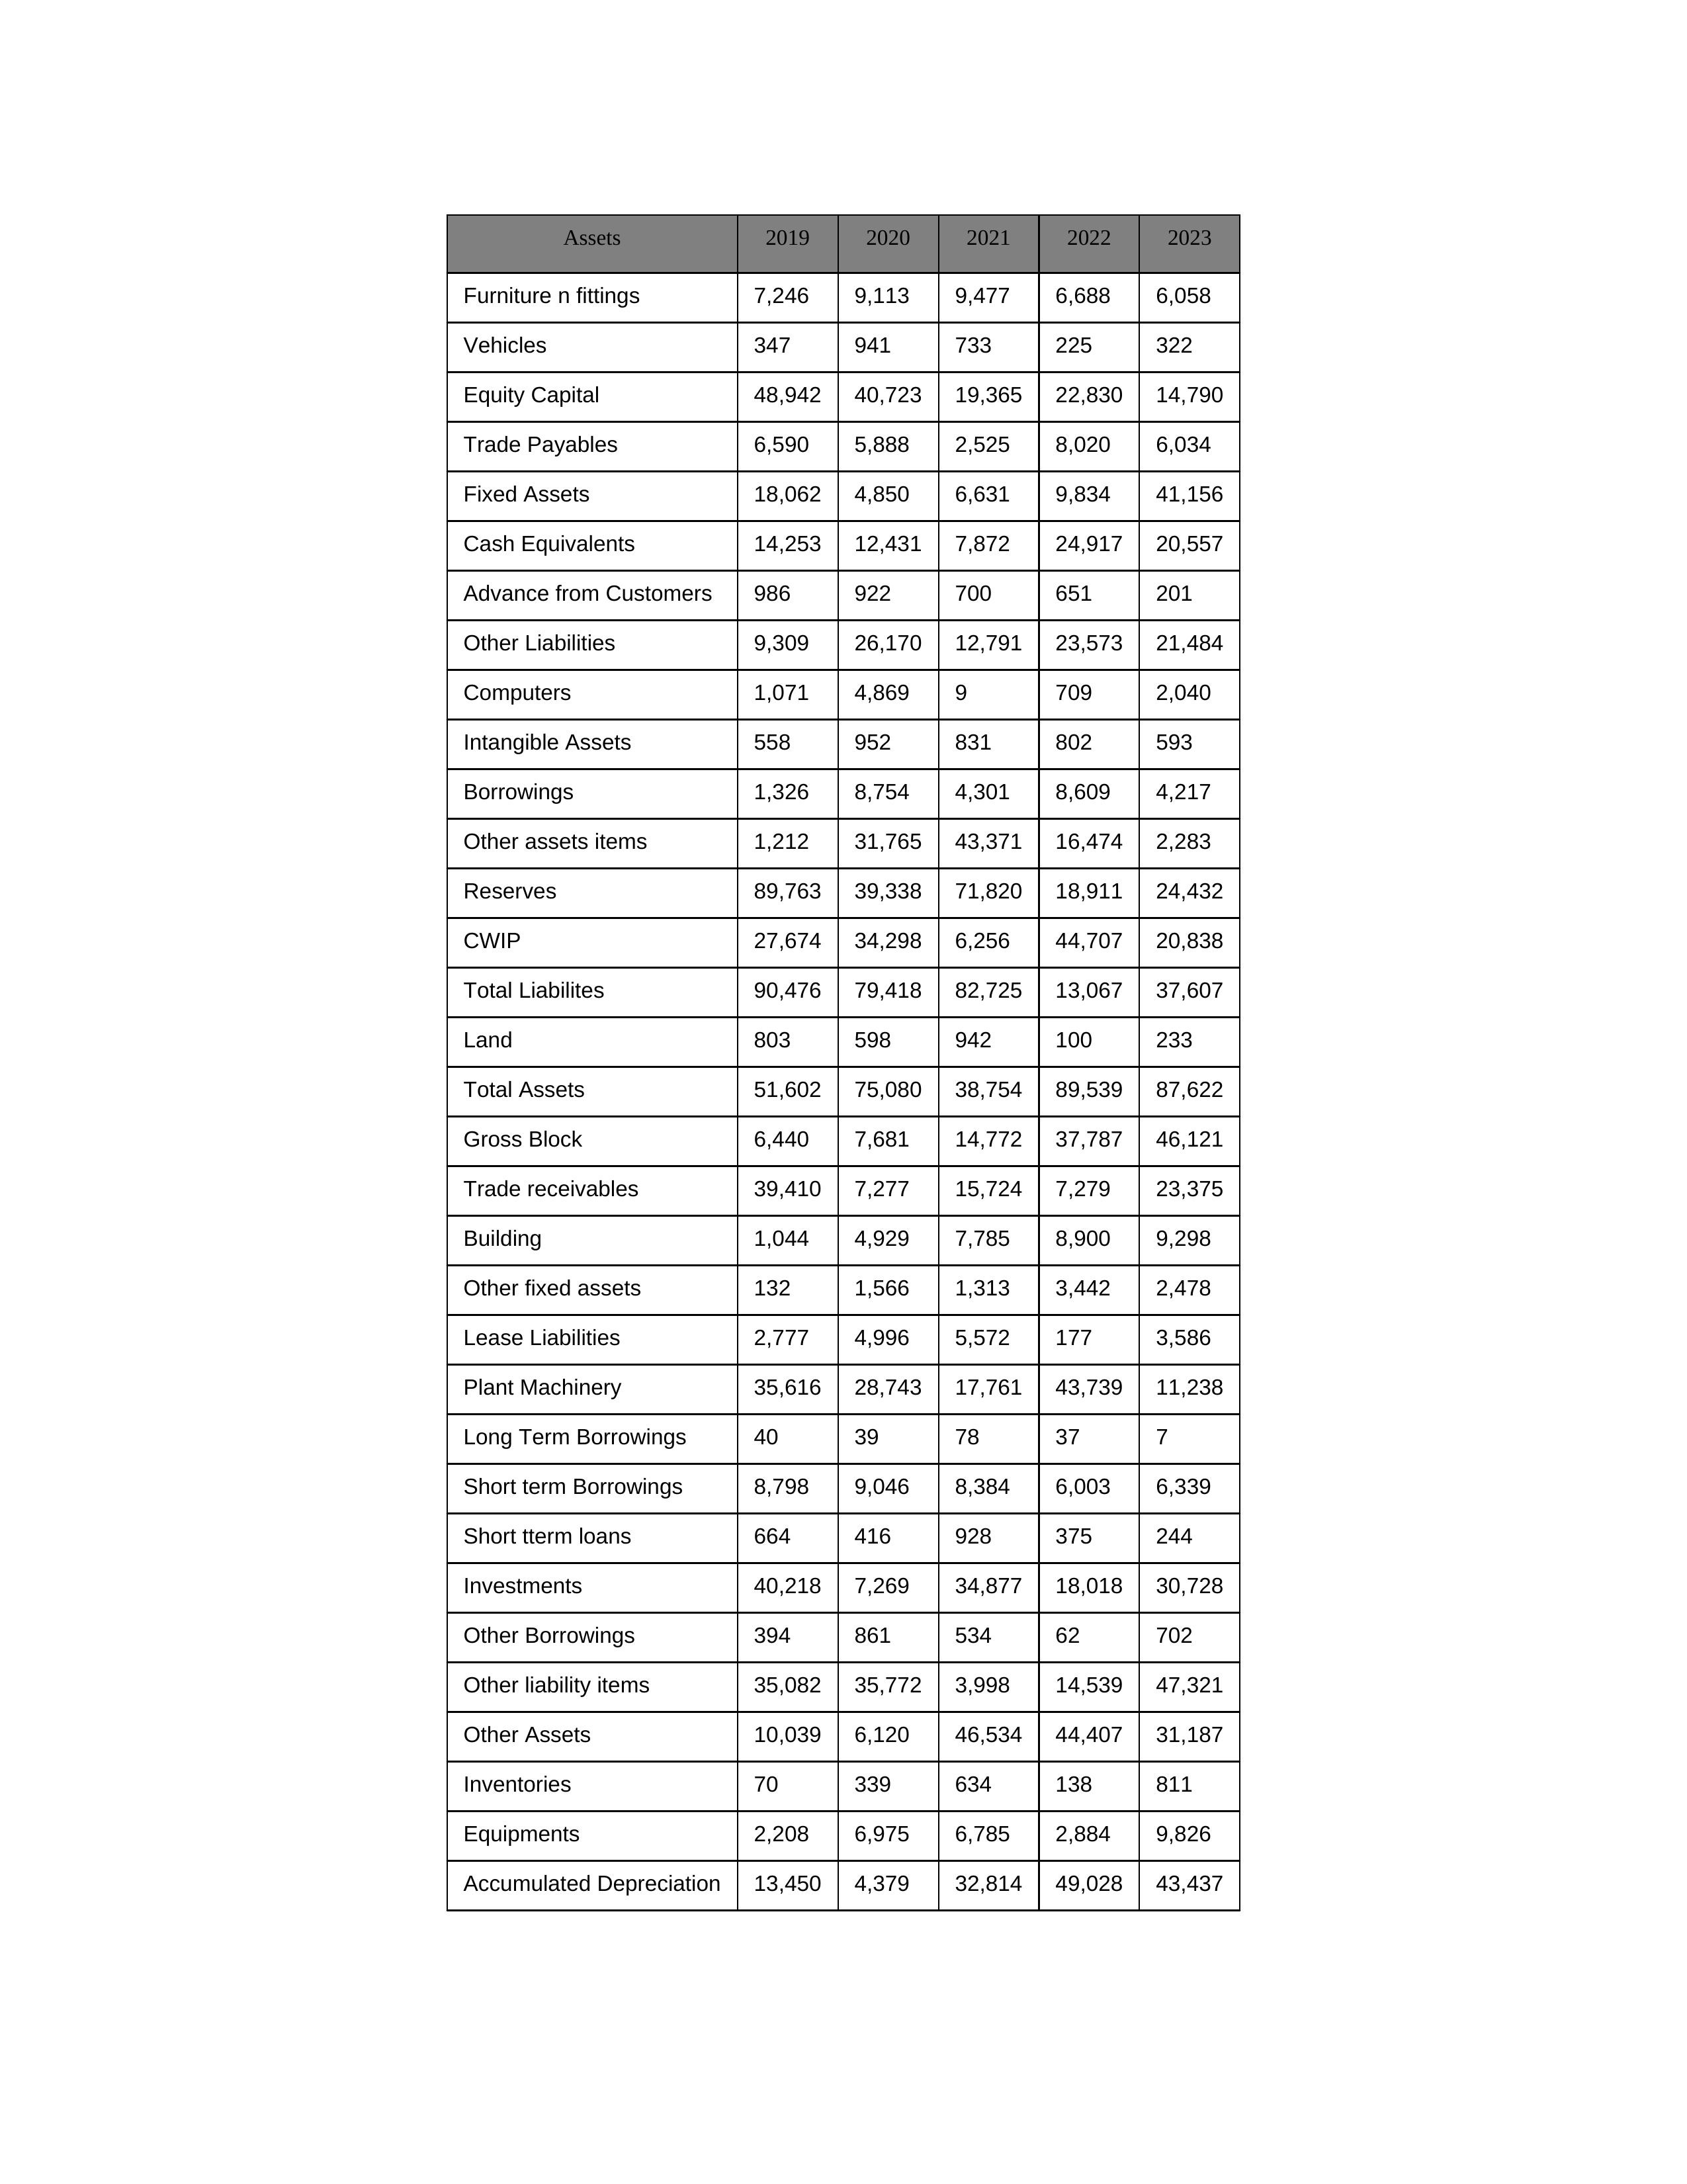
gt_parse: 2019: Equity Capital: 48,942
Reserves: 89,763
Borrowings: 1,326
Long Term Borrowings: 40
Short term Borrowings: 8,798
Lease Liabilities: 2,777
Other Borrowings: 394
Other Liabilities: 9,309
Trade Payables: 6,590
Advance from Customers: 986
Other liability items: 35,082
Total Liabilites: 90,476
Fixed Assets: 18,062
Land: 803
Building: 1,044
Plant Machinery: 35,616
Equipments: 2,208
Computers: 1,071
Furniture n fittings: 7,246
Vehicles: 347
Intangible Assets: 558
Other fixed assets: 132
Gross Block: 6,440
Accumulated Depreciation: 13,450
CWIP: 27,674
Investments: 40,218
Other Assets: 10,039
Inventories: 70
Trade receivables: 39,410
Cash Equivalents: 14,253
Short tterm loans: 664
Other assets items: 1,212
Total Assets: 51,602
2020: Equity Capital: 40,723
Reserves: 39,338
Borrowings: 8,754
Long Term Borrowings: 39
Short term Borrowings: 9,046
Lease Liabilities: 4,996
Other Borrowings: 861
Other Liabilities: 26,170
Trade Payables: 5,888
Advance from Customers: 922
Other liability items: 35,772
Total Liabilites: 79,418
Fixed Assets: 4,850
Land: 598
Building: 4,929
Plant Machinery: 28,743
Equipments: 6,975
Computers: 4,869
Furniture n fittings: 9,113
Vehicles: 941
Intangible Assets: 952
Other fixed assets: 1,566
Gross Block: 7,681
Accumulated Depreciation: 4,379
CWIP: 34,298
Investments: 7,269
Other Assets: 6,120
Inventories: 339
Trade receivables: 7,277
Cash Equivalents: 12,431
Short tterm loans: 416
Other assets items: 31,765
Total Assets: 75,080
2021: Equity Capital: 19,365
Reserves: 71,820
Borrowings: 4,301
Long Term Borrowings: 78
Short term Borrowings: 8,384
Lease Liabilities: 5,572
Other Borrowings: 534
Other Liabilities: 12,791
Trade Payables: 2,525
Advance from Customers: 700
Other liability items: 3,998
Total Liabilites: 82,725
Fixed Assets: 6,631
Land: 942
Building: 7,785
Plant Machinery: 17,761
Equipments: 6,785
Computers: 9
Furniture n fittings: 9,477
Vehicles: 733
Intangible Assets: 831
Other fixed assets: 1,313
Gross Block: 14,772
Accumulated Depreciation: 32,814
CWIP: 6,256
Investments: 34,877
Other Assets: 46,534
Inventories: 634
Trade receivables: 15,724
Cash Equivalents: 7,872
Short tterm loans: 928
Other assets items: 43,371
Total Assets: 38,754
2022: Equity Capital: 22,830
Reserves: 18,911
Borrowings: 8,609
Long Term Borrowings: 37
Short term Borrowings: 6,003
Lease Liabilities: 177
Other Borrowings: 62
Other Liabilities: 23,573
Trade Payables: 8,020
Advance from Customers: 651
Other liability items: 14,539
Total Liabilites: 13,067
Fixed Assets: 9,834
Land: 100
Building: 8,900
Plant Machinery: 43,739
Equipments: 2,884
Computers: 709
Furniture n fittings: 6,688
Vehicles: 225
Intangible Assets: 802
Other fixed assets: 3,442
Gross Block: 37,787
Accumulated Depreciation: 49,028
CWIP: 44,707
Investments: 18,018
Other Assets: 44,407
Inventories: 138
Trade receivables: 7,279
Cash Equivalents: 24,917
Short tterm loans: 375
Other assets items: 16,474
Total Assets: 89,539
2023: Equity Capital: 14,790
Reserves: 24,432
Borrowings: 4,217
Long Term Borrowings: 7
Short term Borrowings: 6,339
Lease Liabilities: 3,586
Other Borrowings: 702
Other Liabilities: 21,484
Trade Payables: 6,034
Advance from Customers: 201
Other liability items: 47,321
Total Liabilites: 37,607
Fixed Assets: 41,156
Land: 233
Building: 9,298
Plant Machinery: 11,238
Equipments: 9,826
Computers: 2,040
Furniture n fittings: 6,058
Vehicles: 322
Intangible Assets: 593
Other fixed assets: 2,478
Gross Block: 46,121
Accumulated Depreciation: 43,437
CWIP: 20,838
Investments: 30,728
Other Assets: 31,187
Inventories: 811
Trade receivables: 23,375
Cash Equivalents: 20,557
Short tterm loans: 244
Other assets items: 2,283
Total Assets: 87,622